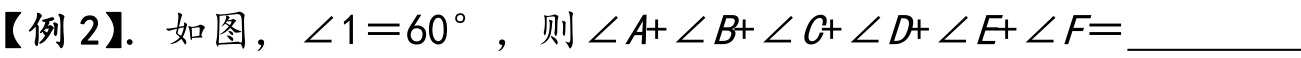
【例2】. 如图，$\angle 1 = 60^{\circ}$，则$\angle A+\angle B+\angle C+\angle D+\angle E+\angle F =$__________